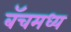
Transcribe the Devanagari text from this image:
बॅचमध्य